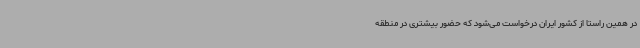
در همین راستا از کشور ایران درخواست می‌شود که حضور بیشتری در منطقه